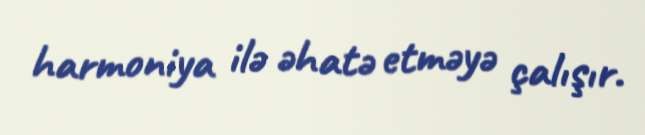
harmoniya ilə əhatə etməyə çalışır.